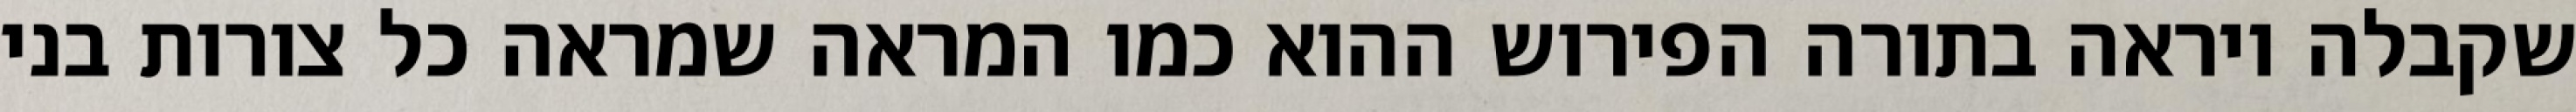
שקבלה ויראה בתורה הפירוש ההוא כמו המראה שמראה כל צורות בני